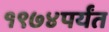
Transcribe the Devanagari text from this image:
१९७४पर्यंत